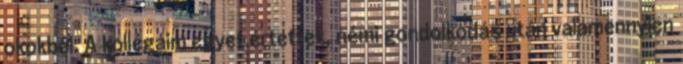
okokból. A kollégáim egyet értettek, némi gondolkodás után valamennyien